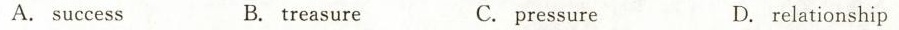
A.success B.treasure C.pressure D.relationship